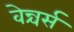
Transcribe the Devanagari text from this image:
वेन्चर्स